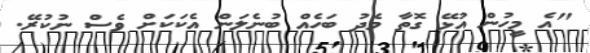
"އެ މީހުން އުޅޭ ގޮތާ މެދު ބަހެއް ބުނެލަން އެކަކަށް ވެސް ނުކުރޭ.